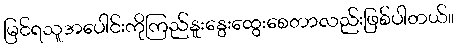
မြင်ရသူအပေါင်းကိုကြည်နူးနွေးထွေးစေတာလည်းဖြစ်ပါတယ်။